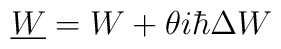
\underline W = W + \theta i\hbar \Delta W